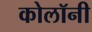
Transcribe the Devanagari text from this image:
कोलॉनी